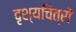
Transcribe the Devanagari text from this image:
दृश्यचित्रों